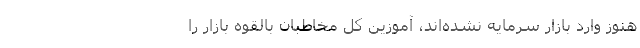
هنوز وارد بازار سرمایه نشده‌اند، آموزین کل مخاطبان بالقوه بازار را